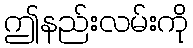
ဤနည်းလမ်းကို